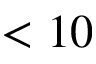
< 1 0